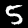
Label: 5